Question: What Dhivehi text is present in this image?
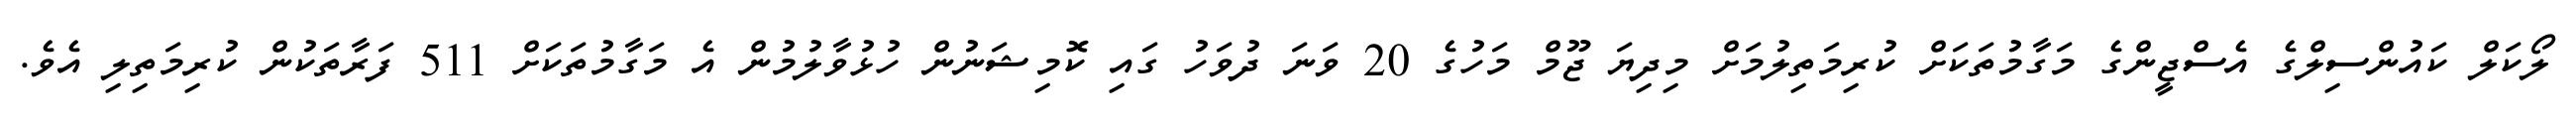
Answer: ލޯކަލް ކައުންސިލްގެ އެސްޖީންގެ މަގާމުތަކަށް ކުރިމަތިލުމަށް މިދިޔަ ޖޫމް މަހުގެ 20 ވަނަ ދުވަހު ގައި ކޮމިޝަނުން ހުޅުވާލުމުން އެ މަގާމުތަކަށް 511 ފަރާތަކުން ކުރިމަތިލި އެވެ.